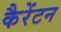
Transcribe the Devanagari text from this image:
कैरेंटन